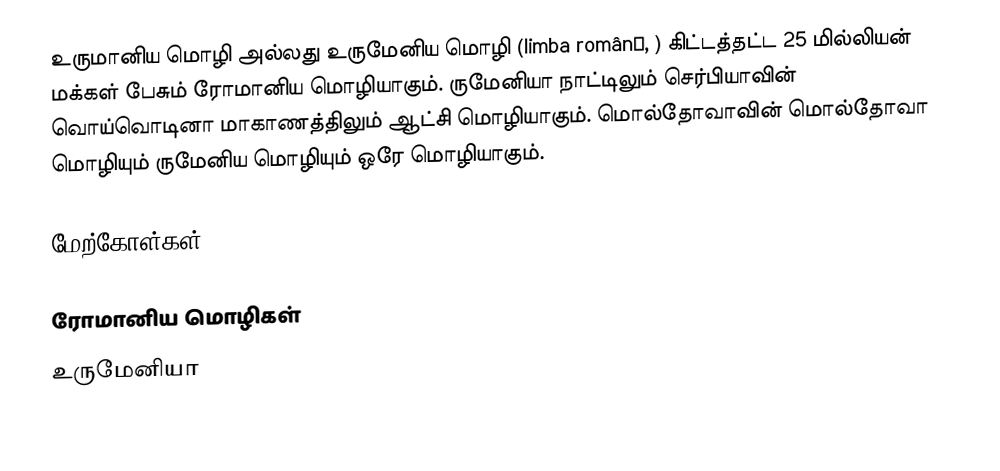
உருமானிய மொழி அல்லது உருமேனிய மொழி (limba română, ) கிட்டத்தட்ட 25 மில்லியன் மக்கள் பேசும் ரோமானிய மொழியாகும். ருமேனியா நாட்டிலும் செர்பியாவின் வொய்வொடினா மாகாணத்திலும் ஆட்சி மொழியாகும். மொல்தோவாவின் மொல்தோவா மொழியும் ருமேனிய மொழியும் ஒரே மொழியாகும்.

மேற்கோள்கள்

ரோமானிய மொழிகள்
உருமேனியா